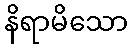
နိရာမိသော